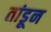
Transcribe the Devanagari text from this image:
तांडून